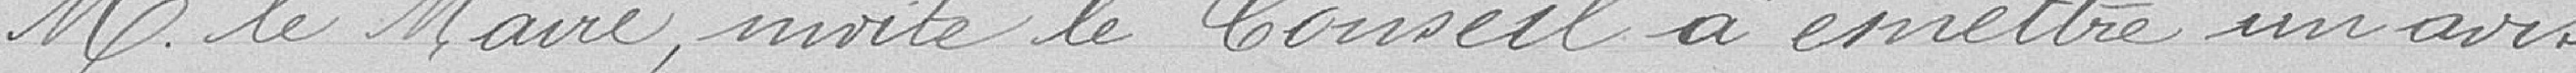
Monsieur le Maire invite le Conseil à émettre un avis